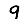
Digit: 9